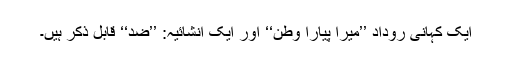
ایک کہانی روداد ’’میرا پیارا وطن‘‘ اور ایک انشائیہ: ’’ضِد‘‘ قابلِ ذکر ہیں۔